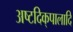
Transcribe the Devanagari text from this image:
अष्टदिक्‌पालादि